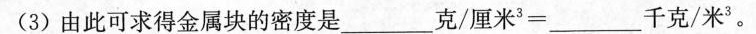
(3)由此可求得金属块的密度是___克/厘米^3=___千克/米^3。